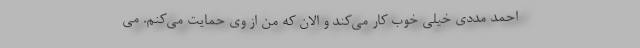
احمد مددی خیلی خوب کار می‌کند و الان که من از وی حمایت می‌کنم. می